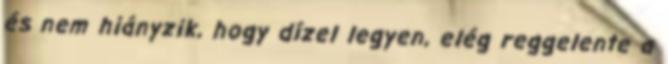
és nem hiányzik, hogy dízel legyen, elég reggelente a